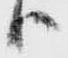
ハ